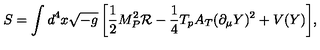
S = \int { d ^ { 4 } x \sqrt { - g } \left[ \frac { 1 } { 2 } M _ { P } ^ { 2 } \mathcal { R } - \frac { 1 } { 4 } T _ { p } A _ { T } ( \partial _ { \mu } Y ) ^ { 2 } + V ( Y ) \right] } ,